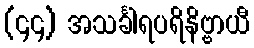
(၄၄) အသင်္ခါရပရိနိဗ္ဗာယီ